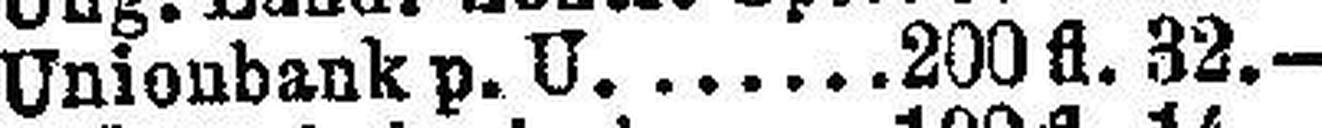
Unionbank p. U. 200 fl. 32.—